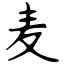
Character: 麦